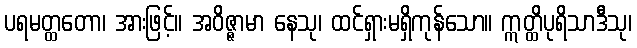
ပရမတ္ထတော၊ အားဖြင့်။ အဝိဇ္ဇာမာ နေသု၊ ထင်ရှားမရှိကုန်သော။ ဣတ္ထိပုရိသာဒီသု၊